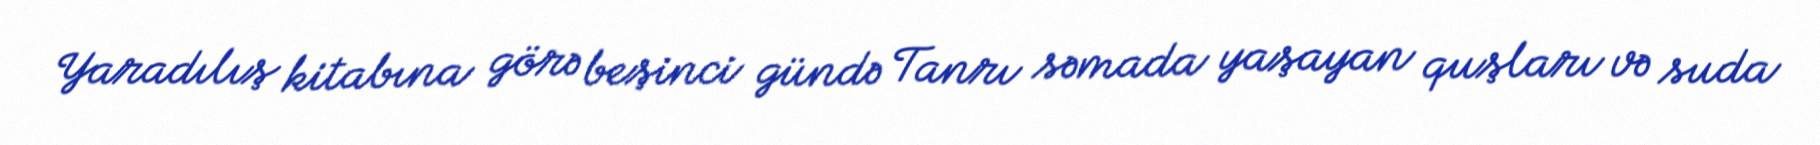
Yaradılış kitabına görə beşinci gündə Tanrı səmada yaşayan quşları və suda